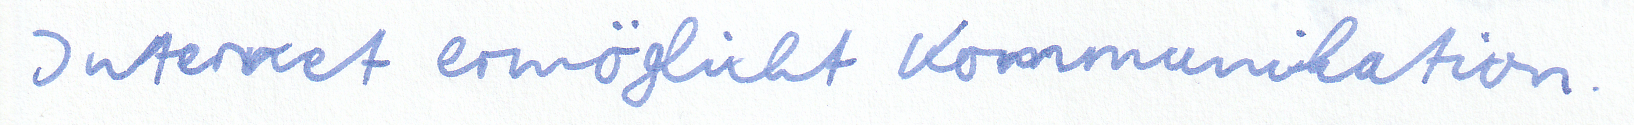
Internet ermöglicht Kommunikation.